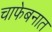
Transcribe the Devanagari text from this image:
चाफेबनात